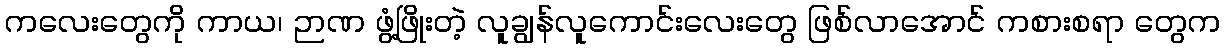
ကလေးတွေကို ကာယ၊ ဉာဏ ဖွံ့ဖြိုးတဲ့ လူချွန်လူကောင်းလေးတွေ ဖြစ်လာအောင် ကစားစရာ တွေက